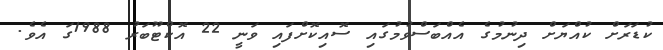
ކުޑަރަށް ކުއްޔަށް ދިނުމުގެ އެއްބަސްވުމުގައި ސޮއިކޮށްފައި ވަނީ 22 އޮކްޓޫބަރު 1988ގަ އެވެ.